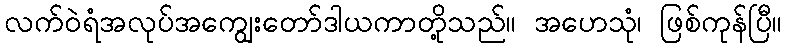
လက်ဝဲရံအလုပ်အကျွေးတော်ဒါယကာတို့သည်။ အဟေသုံ၊ ဖြစ်ကုန်ပြီ။